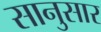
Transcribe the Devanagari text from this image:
सानुसार